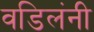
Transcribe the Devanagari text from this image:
वडिलंनी